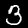
Digit: 3